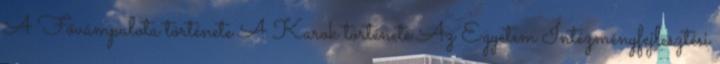
A Fővámpalota története A Karok története Az Egyetem Intézményfejlesztési